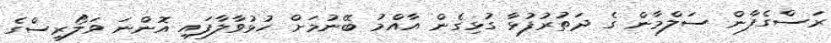
ރަސްގެފާން ސަލްމާން ގެ ދަތުރުފުޅާ ގުޅިގެން އާއްމު ބޭނުމަށް ހުޅުވާލާފައި އޮންނަ ވަލޯރިސްގެ